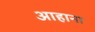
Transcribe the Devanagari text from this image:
आहाना